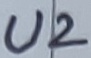
Text: U2